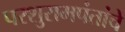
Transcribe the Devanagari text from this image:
परशुरामपंतांचे